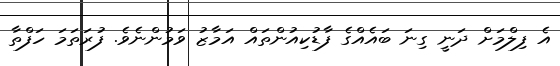
އެ ފިލްމަށް ދަނީ ގިނަ ބައެއްގެ ފާޑުކިއުންތައް އަމާޒު ވަމުންނެވެ. ފުރަތަމަ ހަފްތާ